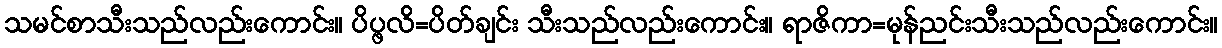
သမင်စာသီးသည်လည်းကောင်း။ ပိပ္ဖလိ=ပိတ်ချင်း သီးသည်လည်းကောင်း။ ရာဇိကာ=မုန်ညင်းသီးသည်လည်းကောင်း။